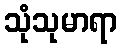
သုံသုမာရာ